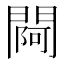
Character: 𨵌